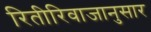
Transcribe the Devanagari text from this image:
रितीरिवाजानुसार